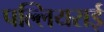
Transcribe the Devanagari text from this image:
पल्लियराई